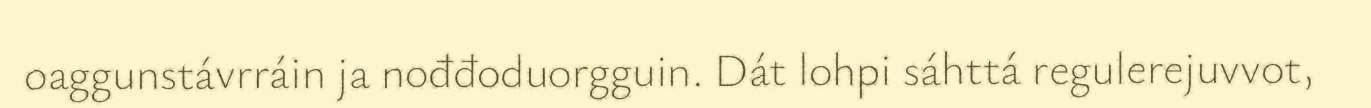
oaggunstávrráin ja nođđoduorgguin. Dát lohpi sáhttá regulerejuvvot,